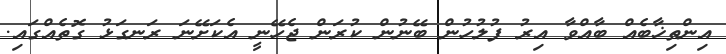
އިންތިޚާބެއް ބާއްވާ އިރު ފުލުހުން ބޭނުން ކުރަން ޖެހޭނީ އެކަށޭނަ ރަނގަޅު ގޮތެއްގައި.